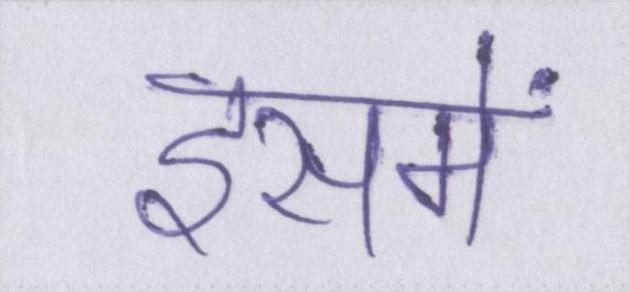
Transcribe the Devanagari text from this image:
इसमें